Report on horse surra - Volume I
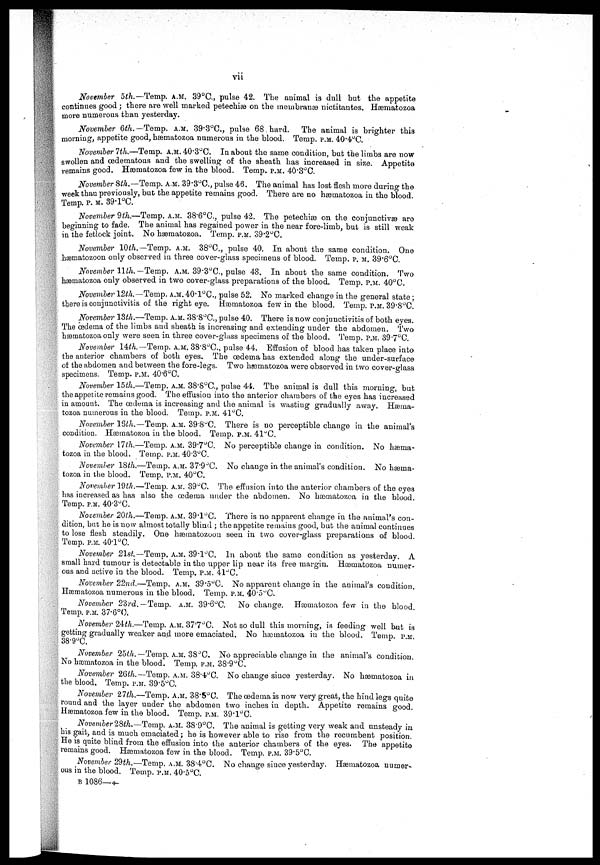
vii
November 5th.—Temp. A.M. 39°C., pulse 42. The animal is dull but the appetite
continues good ; there are well marked petechiæ on the membranæ nictitantes. Hæmatozoa
more numerous than yesterday.
November 6th. — Temp. A.M. 39.3°C., pulse 68 hard.
The animal is brighter this
morning, appetite good, hæmatozoa numerous in the blood. Temp. P.M. 40.4°C.
November 7th.—Temp. A.M. 40.3°C. In about the same condition, but the limbs are now
swollen and œdematous and the swelling of the sheath has increased in size. Appetite
remains good. Hærnatozoa few in the blood. Temp. P.M. 40.3°C.
November 8th.—Temp. A.M. 39.3°C., pulse 46. The animal has lost flesh more during the
week than previously, but the appetite remains good. There are no hæmatozoa in the blood.
Temp. P.M. 39.l°C.
November 9th.—Temp. A.M. 38.6°C., pulse 42. The petechias on the conjunctivæ are
beginning to fade. The animal has regained power in the near fore-limb, but is still weak
in the fetlock joint. No hæmatozoa. Temp. P.M. 39.2°C.
November 10th.— Temp. A.M. 38°C., pulse 40. In about the same condition. One
hæmatozoon only observed in three cover-glass specimens of blood. Temp. P.M. 39.6°C.
November 11th. — Temp. A.M. 39.3°C., pulse 48. In about the same condition. Two
hæmatozoa only observed in two cover-glass preparations of the blood. Temp. P.M. 40°C.
November 12th.—Temp. A.M. 40.1°C, pulse 52. No marked change in the general state ;
there is conjunctivitis of the right eye. Hæmatozoa few in the blood. Temp.P.M. 39.8°C.
November 13th.—Temp. A.M. 38.8°C., pulse 40. There is now conjunctivitis of both eyes.
The œdema of the limbs and sheath is increasing and extending under the abdomen. Two
hæmatozoa only were seen in three cover-glass specimens of the blood. Temp. P.M. 39.7°C.
November 14th. —Temp. A.M. 38.8°C., pulse 44. Effusion of blood has taken place into
the anterior chambers of both eyes. The œdema has extended along the under-surface
of the abdomen and between the fore-legs. Two hæmatozoa were observed in two cover-glass
specimens. Temp. P.M. 40.6°C.
November 15th.—Temp. A.M. 38.8°C., pulse 44. The animal is dull this morning, but
the appetite remains good. The effusion into the anterior chambers of the eyes has increased
in amount. The œKdema is increasing and the animal is wasting gradually away. Hæma-
tozoa numerous in the blood. Temp. P.M. 41°C.
November 18th.—Temp. A.M. 39.8°C. There is no perceptible change in the animal's
condition. Hæmatozoa in the blood. Temp. P.M. 41°C.
November 17th.—Temp. A.M. 39.7°C. No perceptible change in condition. No hæma-
tozoa in the blood. Temp. P.M. 40.3°C.
November 18th.—Temp. A.M. 37.9°C. NO change in the animal's condition. No hæma-
tozoa in the blood. Temp. P.M. 40°C.
November 19th.—Temp. A.M. 39°C. The effusion into the anterior chambers of the eyes
has increased as has also the œdema under the abdomen. No hæmatozoa in the blood.
Temp. P.M. 40.3°O.
November 20th.—Temp. A.M. 39.1°C. There is no apparent change in the animal's con-
dition, but he is now almost totally blind ; the appetite remains good, but the animal continues
to lose flesh steadily. One hæmatozoon seen in two cover-glass preparations of blood.
Temp. P.M. 40.1°C.
November 21st.— Temp. A.M. 39.1°C. In about the same condition as yesterday. A
small hard tumour is detectable in the upper lip near its free margin. Hæmatozoa numer-
ous and active in the blood. Temp. P.M. 41°C.
November 22nd.—Temp. A.M. 39.5°C. No apparent change in the animal's condition.
Hæmatozoa numerous in the blood. Temp. P.M. 40.5°C.
November 2'drd.-Temp. A.M. 39.6°C. No change. Hæmatozoa few in the blood.
Temp. P.M. 37.6°C.
November 24th.—Temp. A.M. 37.7°C. Not so dull this morning, is feeding well but is
getting gradually weaker and more emaciated. No hæmatozoa in the blood. Temp. P.M.
38.9°C.
November 25th.— Temp. A.M. 38°C. No appreciable change in the animal's condition.
No hæmatozoa in the blood. Temp. P.M. 38.9°C.
November 26th.—Temp. A.M. 38.4°C. No change since yesterday. No hæmatozoa in
the blood. Temp. P.M. 39.5°C.
November 27th.—Temp. A.M. 38.5°C. The œdema is now very great, the hind legs quite
round and the layer under the abdomen two inches in depth. Appetite remains good.
Hæmatozoa few in the blood. Temp. P.M.39.1°C.
November 28th.—Temp. A.M. 38.9°C. The animal is getting very weak and unsteady in
his gait, and is much emaciated ; he is however able to rise from the recumbent position.
He is quite blind from the effusion into the anterior chambers of the eyes. The appetite
remains good. Hæmatozoa few in the blood. Temp. P.M. 39.5°C.
November 29th.—Temp. A.M. 38.4°C. No change since yesterday. Hæmatozoa numer
ous in the blood. Temp. P.M. 40.5°C.
B 1086 — +